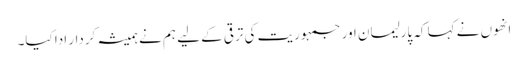
انھوں نے کہا کہ پارلیمان اور جمہوریت کی ترقی کے لیے ہم نے ہمیشہ کردار ادا کیا۔